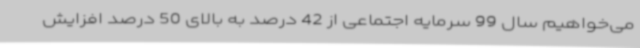
می‌خواهیم سال 99 سرمایه اجتماعی از 42 درصد به بالای 50 درصد افزایش